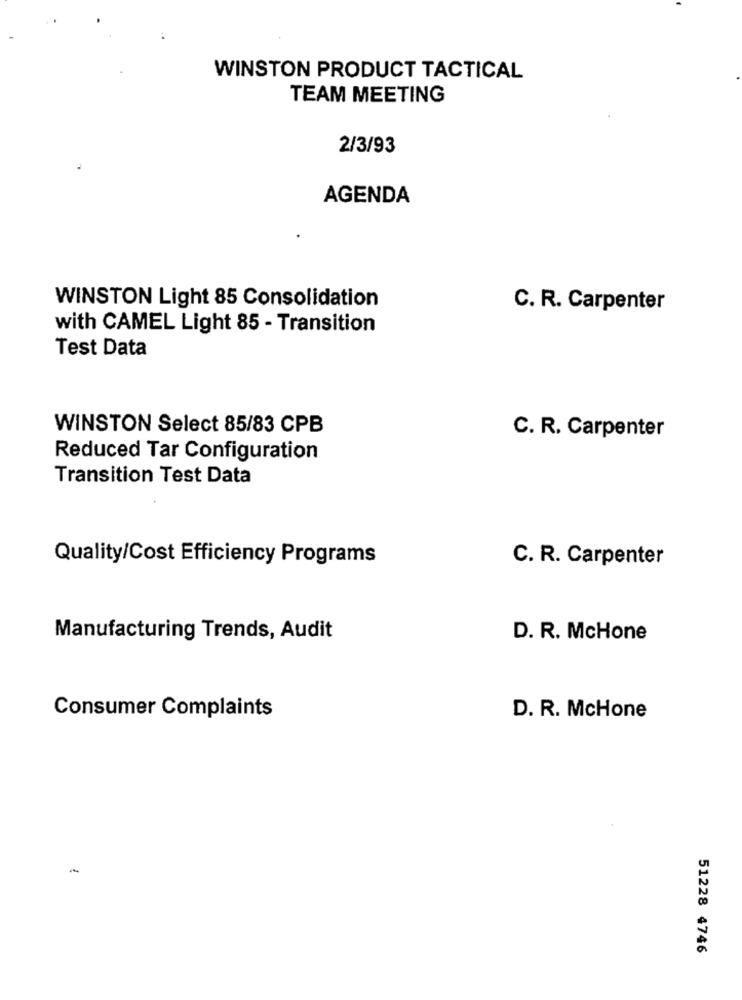
WINSTON PRODUCT TACTICAL
TEAM MEETING
2/3/93
AGENDA
WINSTON Light 85 Consolidation
C. R. Carpenter
with CAMEL Light 85 - Transition
Test Data
WINSTON Select 85/83 CPB
C. R. Carpenter
Reduced Tar Configuration
Transition Test Data
Quality/Cost Efficiency Programs
C. R. Carpenter
Manufacturing Trends, Audit
D. R. McHone
Consumer Complaints
D. R. McHone
51228 4746